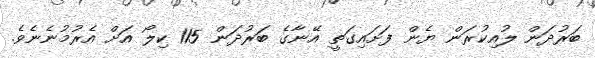
ބަރުދަން ލުއިކުރަން ޔެން ފަށައިގަތީ އޭނާގެ ބަރުދަން 115 ކިލޯ އަށް އެރުމުނެނެވެ.